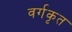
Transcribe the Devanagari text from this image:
वर्गकृत